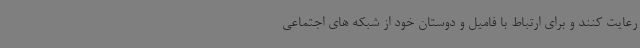
رعایت کنند و برای ارتباط با فامیل و دوستان خود از شبکه های اجتماعی